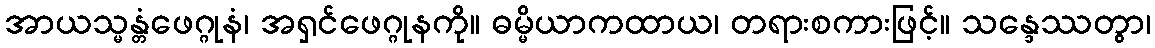
အာယသ္မန္တံဖေဂ္ဂုနံ၊ အရှင်ဖေဂ္ဂုနကို။ ဓမ္မိယာကထာယ၊ တရားစကားဖြင့်။ သန္ဒေဿတွာ၊